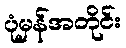
ပုံမှန်အတိုင်း